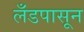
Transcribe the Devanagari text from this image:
लँडपासून